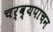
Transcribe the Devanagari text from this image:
चर्व्यपाचन